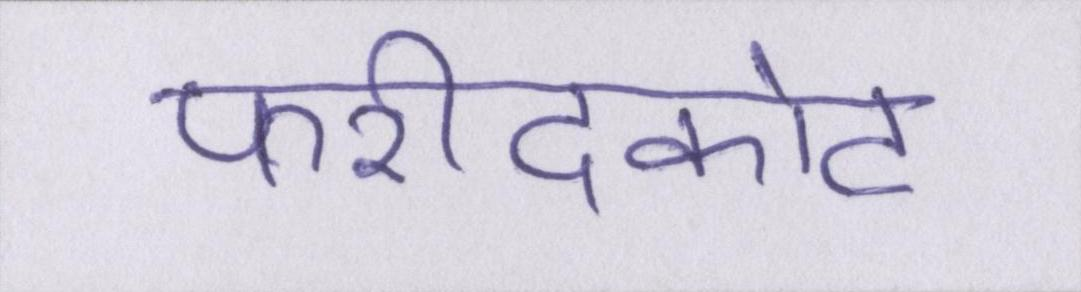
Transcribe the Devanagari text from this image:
फरीदकोट